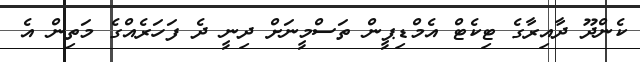
ކެންދޫ ދާއިރާގެ ޓިކެޓް އެމްޑިޕީން ތަސްމީނަށް ދިނީ ދެ ފަހަރެއްގެ މަތިން އެ